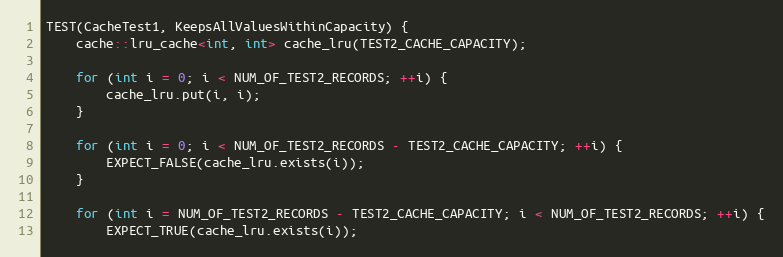
Language: C++
TEST(CacheTest1, KeepsAllValuesWithinCapacity) {
    cache::lru_cache<int, int> cache_lru(TEST2_CACHE_CAPACITY);

    for (int i = 0; i < NUM_OF_TEST2_RECORDS; ++i) {
        cache_lru.put(i, i);
    }

    for (int i = 0; i < NUM_OF_TEST2_RECORDS - TEST2_CACHE_CAPACITY; ++i) {
        EXPECT_FALSE(cache_lru.exists(i));
    }

    for (int i = NUM_OF_TEST2_RECORDS - TEST2_CACHE_CAPACITY; i < NUM_OF_TEST2_RECORDS; ++i) {
        EXPECT_TRUE(cache_lru.exists(i));